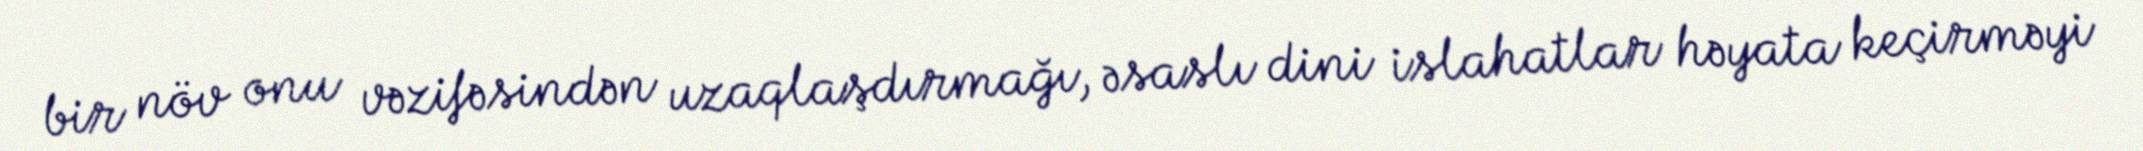
bir növ onu vəzifəsindən uzaqlaşdırmağı, əsaslı dini islahatlar həyata keçirməyi